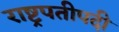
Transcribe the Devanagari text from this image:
राष्ट्रपतीपदी